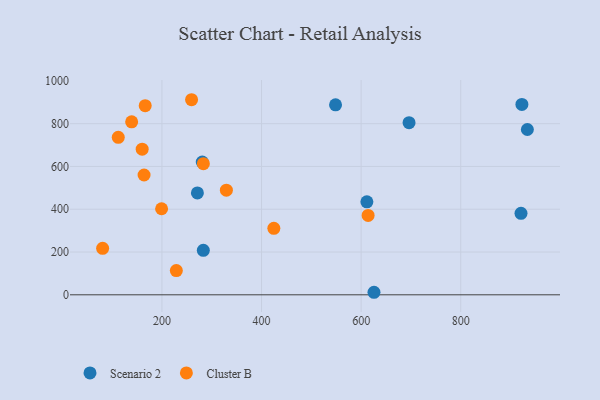
{"axis": {"x": "Ad Spend", "y": "Salary"}, "legend": ["Cluster B", "Scenario 2"], "data": [{"x": "283.1", "y": 207.9, "type": "Scenario 2"}, {"x": "611.5", "y": 434.9, "type": "Scenario 2"}, {"x": "696.2", "y": 804.8, "type": "Scenario 2"}, {"x": "271.2", "y": 476.5, "type": "Scenario 2"}, {"x": "933.8", "y": 772.9, "type": "Scenario 2"}, {"x": "281.0", "y": 620.3, "type": "Scenario 2"}, {"x": "548.6", "y": 888.3, "type": "Scenario 2"}, {"x": "922.8", "y": 890.2, "type": "Scenario 2"}, {"x": "921.0", "y": 381.0, "type": "Scenario 2"}, {"x": "625.8", "y": 11.8, "type": "Scenario 2"}, {"x": "112.3", "y": 736.3, "type": "Cluster B"}, {"x": "228.9", "y": 113.4, "type": "Cluster B"}, {"x": "614.0", "y": 370.9, "type": "Cluster B"}, {"x": "139.2", "y": 808.8, "type": "Cluster B"}, {"x": "166.4", "y": 884.1, "type": "Cluster B"}, {"x": "164.1", "y": 560.0, "type": "Cluster B"}, {"x": "199.3", "y": 402.4, "type": "Cluster B"}, {"x": "259.5", "y": 912.0, "type": "Cluster B"}, {"x": "80.9", "y": 217.2, "type": "Cluster B"}, {"x": "160.3", "y": 680.7, "type": "Cluster B"}, {"x": "283.2", "y": 613.1, "type": "Cluster B"}, {"x": "329.4", "y": 489.3, "type": "Cluster B"}, {"x": "424.7", "y": 310.6, "type": "Cluster B"}]}